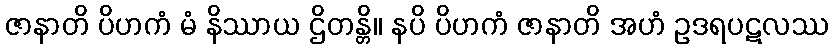
ဇာနာတိ ပိဟကံ မံ နိဿာယ ဌိတန္တိ။ နပိ ပိဟကံ ဇာနာတိ အဟံ ဥဒရပဋလဿ